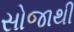
સોજાથી